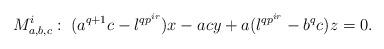
LaTeX: \begin{align*}M^i_{a, b, c}: \; (a^{q+1}c - \l^{qp^{ir}})x - acy + a(\l^{qp^{ir}} - b^q c)z = 0.\end{align*}